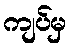
ကျပ်မှ